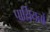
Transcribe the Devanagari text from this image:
पार्य़ियनों